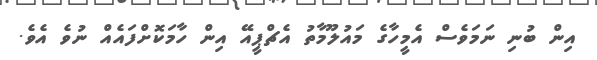
އިން ބުނި ނަމަވެސް އެމީހާގެ މައުލޫމާތު އެޗްޕީއޭ އިން ހާމަކޮށްފައެއް ނުވެ އެވެ.